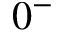
0 ^ { - }